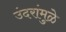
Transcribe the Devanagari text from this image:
उंदरांमुळे